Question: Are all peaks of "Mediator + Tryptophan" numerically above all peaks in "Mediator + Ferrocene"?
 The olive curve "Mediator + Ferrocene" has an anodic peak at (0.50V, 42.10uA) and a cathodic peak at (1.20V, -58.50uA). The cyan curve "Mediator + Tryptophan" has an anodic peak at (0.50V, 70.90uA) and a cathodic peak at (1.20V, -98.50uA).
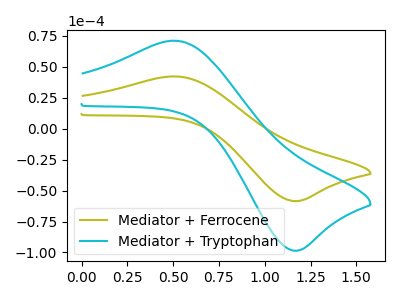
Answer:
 <answer>Every peak in "Mediator + Tryptophan" is higher than every peak in "Mediator + Ferrocene".</answer>
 <eval>higher</eval>